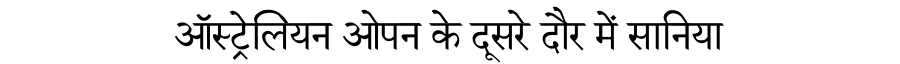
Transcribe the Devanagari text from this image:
ऑस्ट्रेलियन ओपन के दूसरे दौर में सानिया